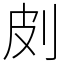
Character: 㓟